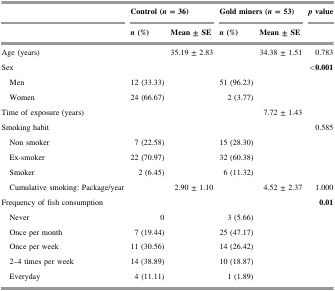
<table><thead><tr><td></td><td colspan="2"><b>Control (<i>n</i> = 36)</b></td><td colspan="2"><b>Gold miners (<i>n</i> = 53)</b></td><td><b><i>p</i> value</b></td></tr><tr><td></td><td><b><i>n</i> (%)</b></td><td><b>Mean ± SE</b></td><td><b><i>n</i> (%)</b></td><td><b>Mean ± SE</b></td><td></td></tr></thead><tbody><tr><td>Age (years)</td><td></td><td>35.19 ± 2.83</td><td></td><td>34.38 ± 1.51</td><td>0.783</td></tr><tr><td>Sex</td><td></td><td></td><td></td><td></td><td><b>&lt;0.001</b></td></tr><tr><td> Men</td><td>12 (33.33)</td><td></td><td>51 (96.23)</td><td></td><td></td></tr><tr><td> Women</td><td>24 (66.67)</td><td></td><td>2 (3.77)</td><td></td><td></td></tr><tr><td>Time of exposure (years)</td><td></td><td></td><td></td><td>7.72 ± 1.43</td><td></td></tr><tr><td>Smoking habit</td><td></td><td></td><td></td><td></td><td>0.585</td></tr><tr><td> Non smoker</td><td>7 (22.58)</td><td></td><td>15 (28.30)</td><td></td><td></td></tr><tr><td> Ex-smoker</td><td>22 (70.97)</td><td></td><td>32 (60.38)</td><td></td><td></td></tr><tr><td> Smoker</td><td>2 (6.45)</td><td></td><td>6 (11.32)</td><td></td><td></td></tr><tr><td> Cumulative smoking: Package/year</td><td></td><td>2.90 ± 1.10</td><td></td><td>4.52 ± 2.37</td><td>1.000</td></tr><tr><td>Frequency of fish consumption</td><td></td><td></td><td></td><td></td><td><b>0.01</b></td></tr><tr><td> Never</td><td>0</td><td></td><td>3 (5.66)</td><td></td><td></td></tr><tr><td> Once per month</td><td>7 (19.44)</td><td></td><td>25 (47.17)</td><td></td><td></td></tr><tr><td> Once per week</td><td>11 (30.56)</td><td></td><td>14 (26.42)</td><td></td><td></td></tr><tr><td> 2–4 times per week</td><td>14 (38.89)</td><td></td><td>10 (18.87)</td><td></td><td></td></tr><tr><td> Everyday</td><td>4 (11.11)</td><td></td><td>1 (1.89)</td><td></td><td></td></tr></tbody></table>